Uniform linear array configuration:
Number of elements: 12
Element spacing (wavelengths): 0.75
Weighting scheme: exponential
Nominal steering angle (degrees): -60
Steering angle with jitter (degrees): -60.302
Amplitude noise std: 0.05
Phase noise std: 0.05

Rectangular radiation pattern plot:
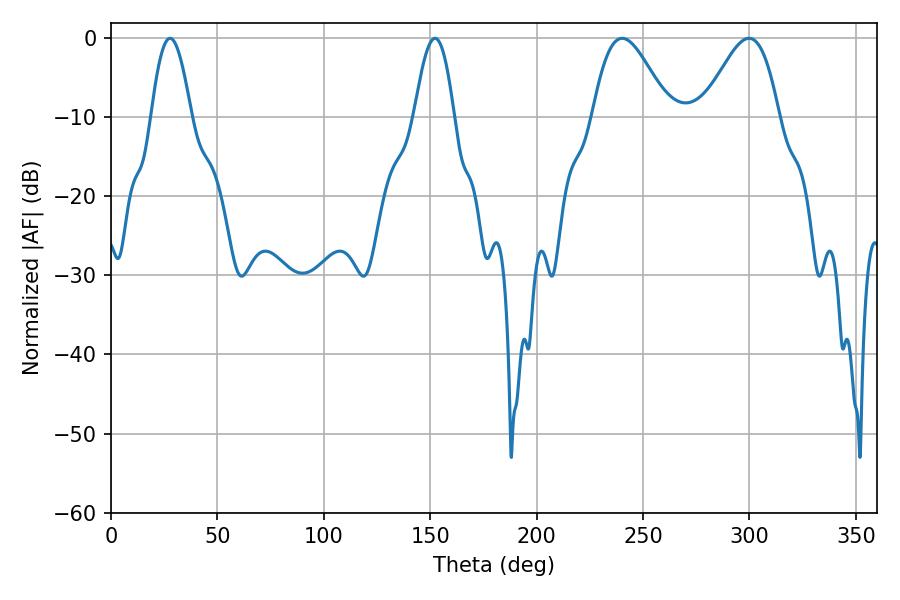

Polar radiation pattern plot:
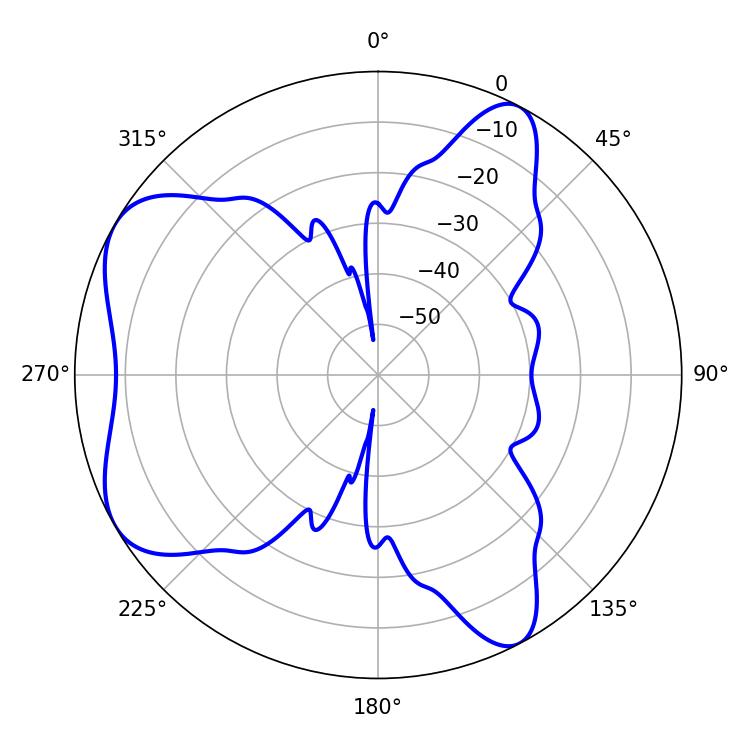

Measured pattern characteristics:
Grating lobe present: TRUE
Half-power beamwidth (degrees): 10.08
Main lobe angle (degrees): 27.72